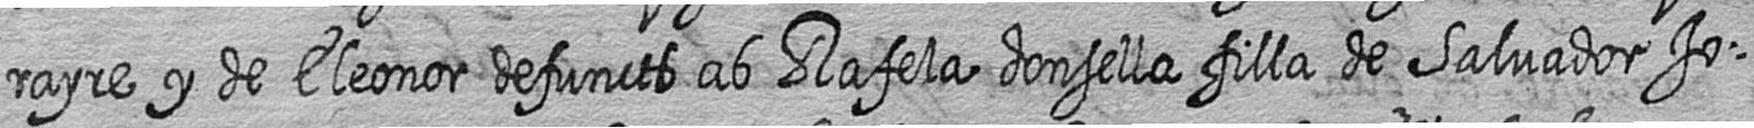
rayre y de Eleonor defuncts ab Rafela donsella filla de Salvador Jo=